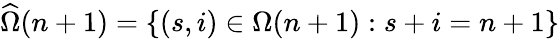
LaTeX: \widehat{\Omega}(n+1)=\{ (s,i)\in\Omega(n+1):s+i=n+1\}